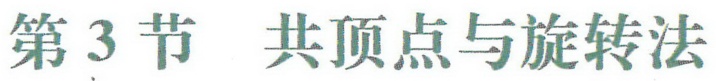
第3节 共顶点与旋转法